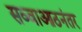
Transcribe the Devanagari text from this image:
सव्वाआठनंतर